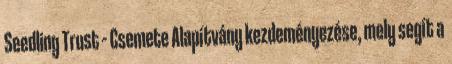
Seedling Trust – Csemete Alapítvány kezdeményezése, mely segít a